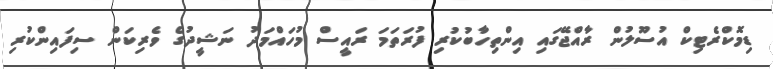
ޑިމޮކްރެޓިކް އުސޫލުން ރާއްޖޭގައި އިންތިހާބުކުރި ފުރަތަމަ ރައީސް މުހައްމަދު ނަޝީދުގެ ވެރިކަން ސިފައިންކުރި